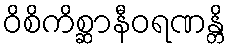
ဝိစိကိစ္ဆာနီဝရဏန္တိ